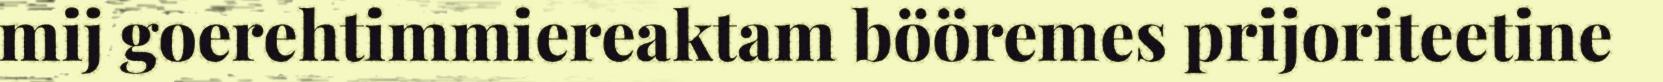
mij goerehtimmiereaktam bööremes prijoriteetine